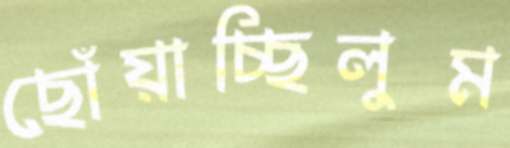
ছোঁয়াচ্ছিলুম